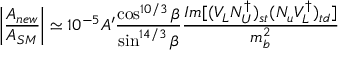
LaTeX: \bigg | { \frac { { \cal A } _ { n e w } } { { \cal A } _ { S M } } } \bigg | \simeq 1 0 ^ { - 5 } A ^ { \prime } { \frac { \cos ^ { 1 0 / 3 } \beta } { \sin ^ { 1 4 / 3 } \beta } } { \frac { I m [ ( V _ { L } N _ { U } ^ { \dagger } ) _ { s t } ( N _ { u } V _ { L } ^ { \dagger } ) _ { t d } ] } { m _ { b } ^ { 2 } } }